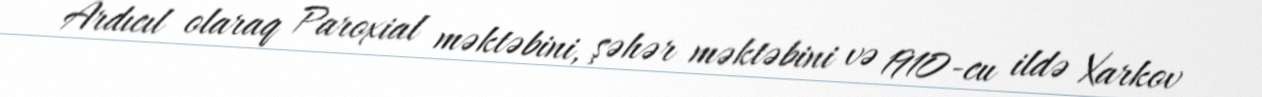
Ardıcıl olaraq Paroxial məktəbini, şəhər məktəbini və 1910-cu ildə Xarkov